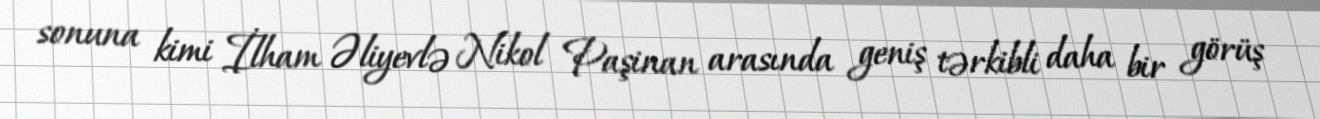
sonuna kimi İlham Əliyevlə Nikol Paşinan arasında geniş tərkibli daha bir görüş